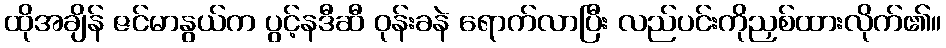
ထိုအချိန် ဇင်မာနွယ်က ပွင့်နဒီဆီ ဝုန်းခနဲ ရောက်လာပြီး လည်ပင်းကိုညှစ်ထားလိုက်၏။